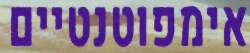
אימפוטנטיים